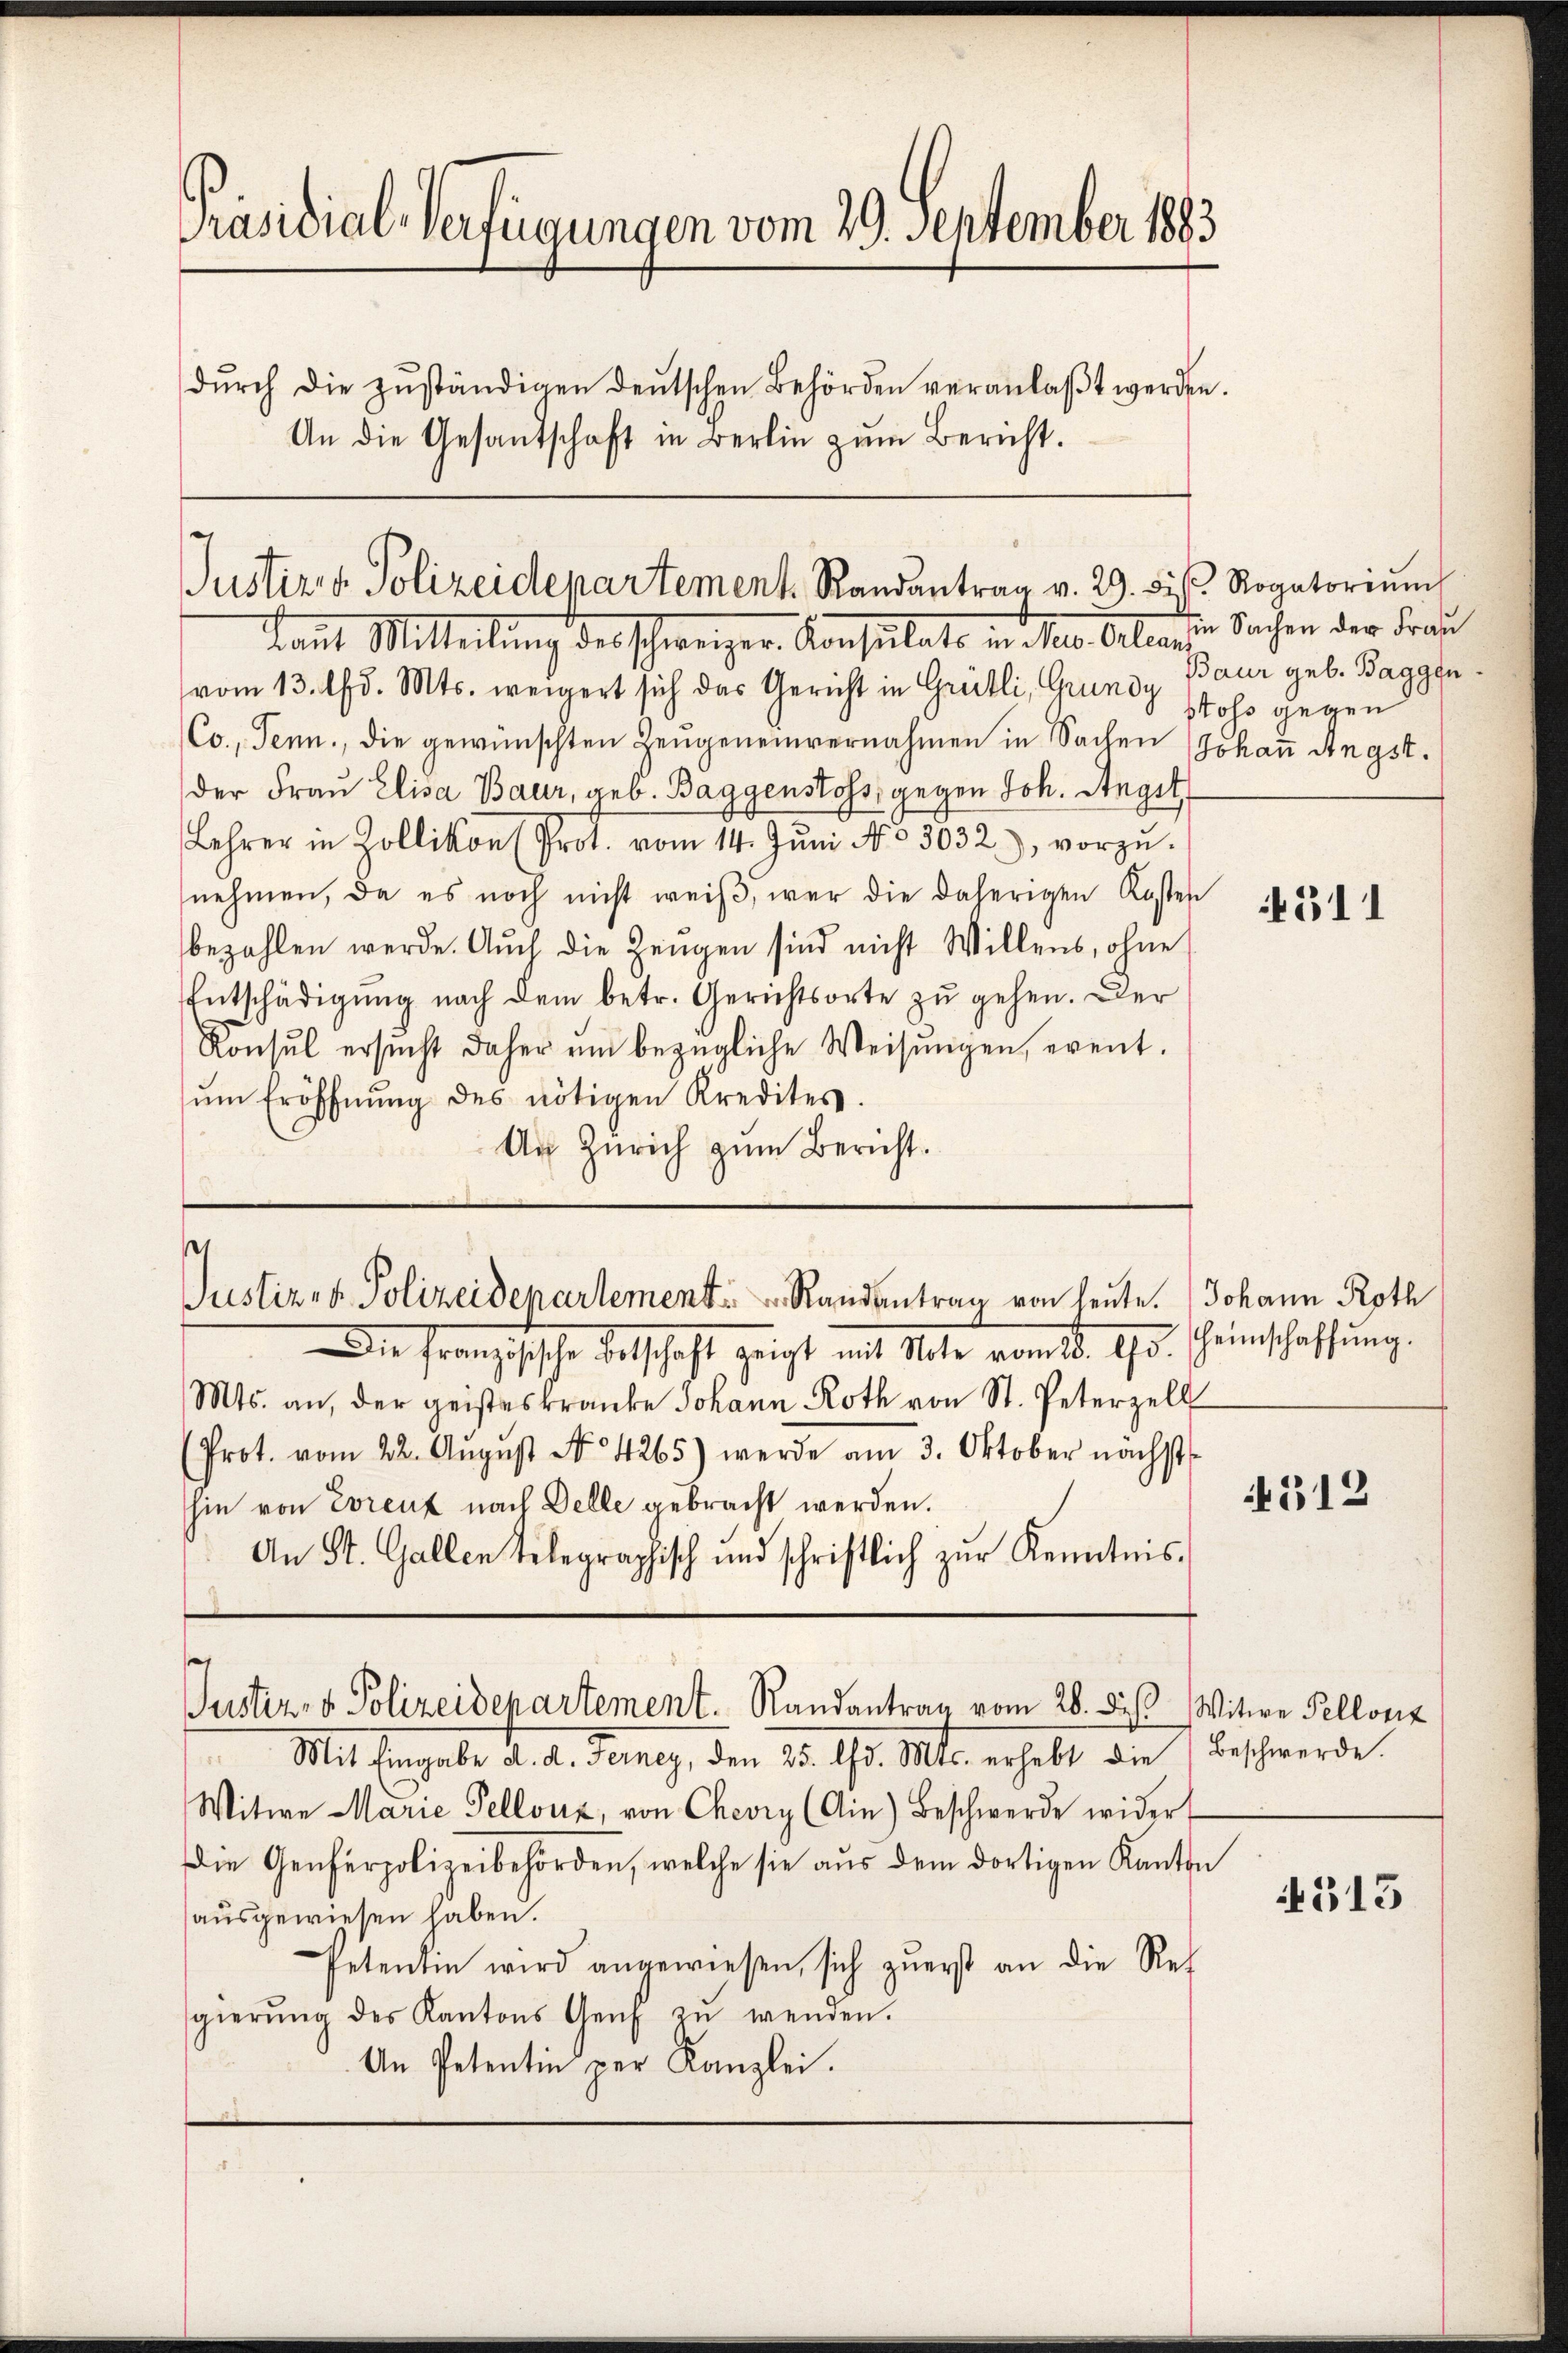
Präsidial-Verfügungen vom 29. September 1883
dŭrch die zŭständigen deŭtschen Behörden veranlaβt werden.
An die Gesandschaft in Berlin zum Bericht.

Justizis Polizeidepartement Randantrag v. 29. bis Rogatoriŭm

kannt Mitteilung des schweizer-Konsulato in Min. Almosen Sachen der Frau
vom 13. d. Mts. weigert sich das Gericht in Grütli, Grundy Baur geb. Baggen¬
Co., Tenn., die gewünschten Zeugeneinvernahmen in Sachen (Johaṅ Ängst.
der Frau Elisa Baur, geb. Baggenstoss, gegen Joh. Angst
Lehrer in Zollikon (Prot. vom 14. Jŭni No 3032.), vorzŭ-
nehmen, da es noch nicht weiß, wer die daherigen Kosten
bezahlen werde. Auch die Zeugen sind nicht Willens, ohne
Entschädigŭng nach dem betr. Gerichtsorte zu gehen. Der
Konsul ersŭcht daher ŭm bezügliche Weisŭngen, event.
ŭm Eröffnŭng des nötigen Kredites.
An Zürich zum Bericht.

Justiz- u. Polizeidepartement Randantrag von heute. Johann Roth

Justiz- & Polizeidepartement. Randantrag vom 28. dieß Witwe Pellonz

Die Französische Entschaft zeigt mit Note vom k. 95. Seinschaffung.
Mts. an, der geisteskranke Johann Roth von St. Peterzell
(Prot. vom 22. Aŭgŭst No 4265) werde am 3. Oktober nächst
hin von Evrenz nach Delle gebracht werden.
An St. Gallen telegraphisch und schriftlich zŭr Kenntnis-

Stoss gegen

Mit Eingabe d. d. Ferney, den 25. d. Mts. erhebt die Beschwerde.
Witwe Marie Pelloux, von Cheviy (Ain) Beschwerde wider
Die Genferpolizeibehörden, welche sie aus dem dortigen Kanton
ausgewiesen haben.
Petentin wird angewiesen, sich zuerst an die Rec
gierŭng des Kantons Genf zŭ wenden.
An Petentin per Kanzlei.

4511

312

315